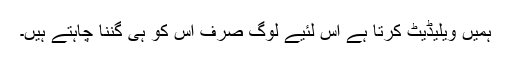
ہمیں ویلیڈیٹ کرتا ہے اس لئیے لوگ صرف اس کو ہی گننا چاہتے ہیں۔